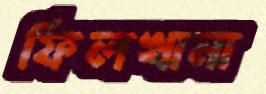
ফিলখানা